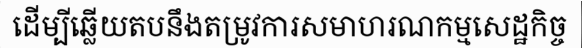
ដើម្បីឆ្លើយតបនឹងតម្រូវការសមាហរណកម្មសេដ្ឋកិច្ច